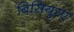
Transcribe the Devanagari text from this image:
बिसियुरए